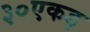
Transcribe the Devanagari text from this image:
३०एकड़